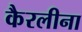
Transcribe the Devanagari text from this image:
कैरलीना